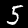
Label: 5